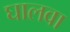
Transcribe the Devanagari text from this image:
घालवा